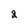
Character: 2